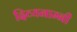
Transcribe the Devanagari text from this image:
दिव्यनाम्नी